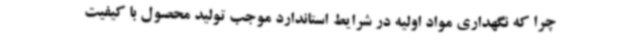
چرا که نگهداری مواد اولیه در شرایط استاندارد موجب تولید محصول با کیفیت